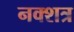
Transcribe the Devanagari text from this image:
नक्शत्र